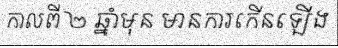
កាលពី ២ ឆ្នាំមុន មានការកើនឡើង